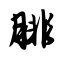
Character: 腓